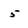
Character: 5